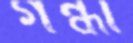
গন্ধী